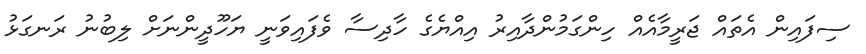
ސިފައިން އެތައް ޖަރީމާއެއް ހިންގަމުންދާއިރު އިއްޔެގެ ހާދިސާ ވެފައިވަނީ ޔަހޫދީންނަށް ލިބުނު ރަނގަޅު